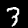
Digit: 3